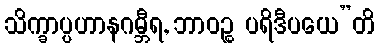
သိက္ခာပ္ပဟာနဂမ္ဘီရ, ဘာဝဉ္စ ပရိဒီပယေ”တိ